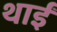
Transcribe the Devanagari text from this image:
थाईं